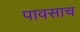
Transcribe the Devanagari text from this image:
पावसाच